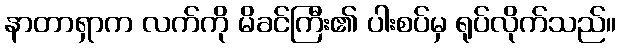
နာတာရှာက လက်ကို မိခင်ကြီး၏ ပါးစပ်မှ ရုပ်လိုက်သည်။